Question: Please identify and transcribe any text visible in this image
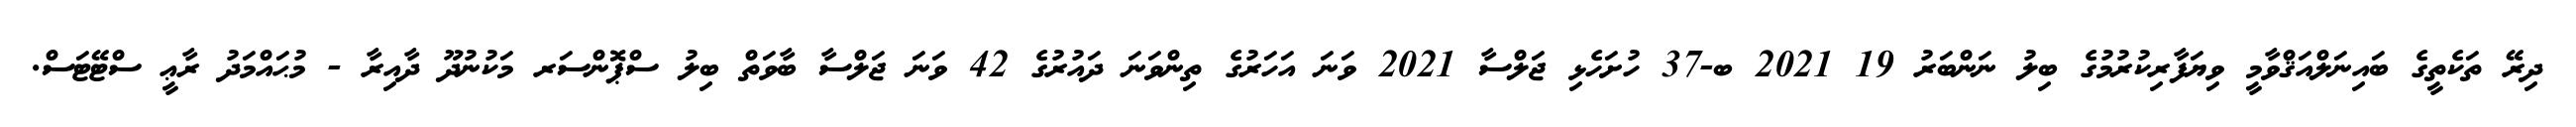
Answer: ދިރޭ ތަކެތީގެ ބައިނަލްއަޤްވާމީ ވިޔަފާރިކުރުމުގެ ބިލު ނަންބަރު 19 2021 ބ-37 ހުށަހެޅި ޖަލްސާ 2021 ވަނަ އަހަރުގެ ތިންވަނަ ދައުރުގެ 42 ވަނަ ޖަލްސާ ބާވަތް ބިލު ސްޕޮންސަރ މަކުނުދޫ ދާއިރާ - މުޙައްމަދު ރާޢީ ސްޓޭޓަސް.